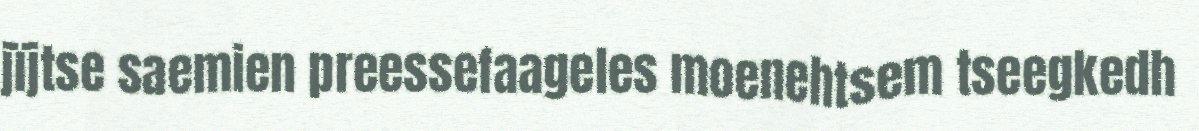
jïjtse saemien preessefaageles moenehtsem tseegkedh